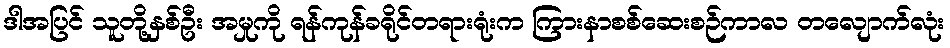
ဒါအပြင် သူတို့နှစ်ဦး အမှုကို ရန်ကုန်ခရိုင်တရားရုံးက ကြားနာစစ်ဆေးစဉ်ကာလ တလျောက်လုံး